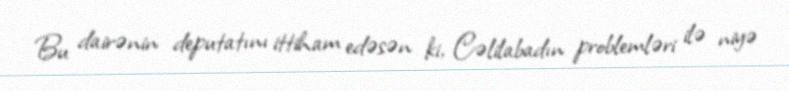
Bu dairənin deputatını ittiham edəsən ki, Cəlilabadın problemləri ilə niyə